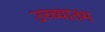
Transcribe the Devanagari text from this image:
उच्च्यातम